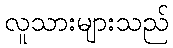
လူသားများသည်